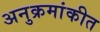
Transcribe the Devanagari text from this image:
अनुक्रमांकीत